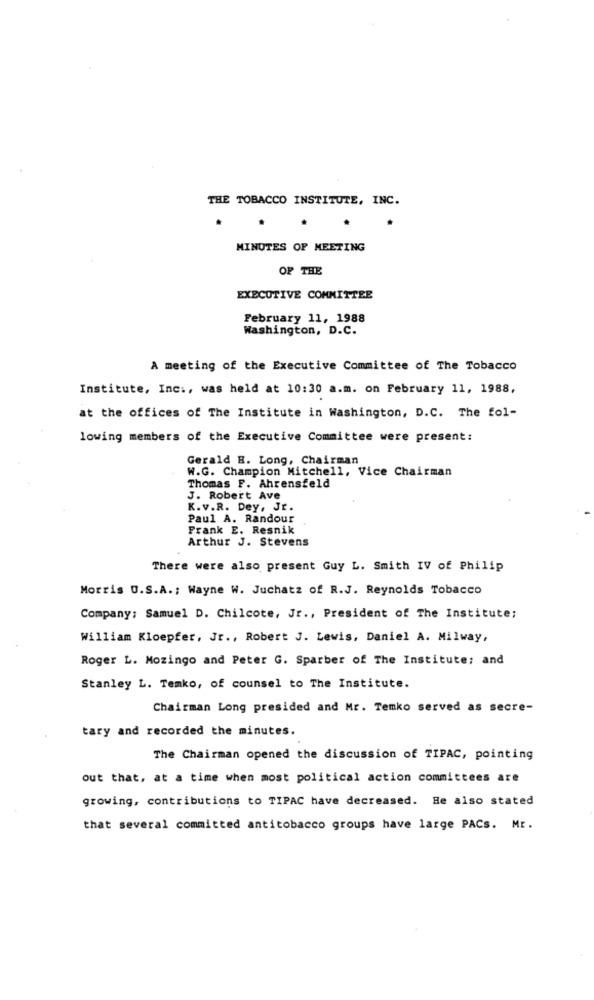
THE TOBACCO INSTITUTE, INC.
MINUTES OF MEETING
OF THE
EXECUTIVE COMMITTEE
February 11, 1988
Washington, D.C.
A meeting of the Executive Committee of The Tobacco
Institute, Inc ., was held at 10:30 a.m. on February 11, 1988,
at the offices of The Institute in Washington, D.C. The fol-
lowing members of the Executive Committee were present:
Gerald R. Long, Chairman
W.G. Champion Mitchell, Vice Chairman
Thomas F. Ahrensfeld
J. Robert Ave
K.v.R. Dey, Jr.
Paul A. Randour
Frank E. Resnik
Arthur J. Stevens
There were also present Guy L. Smith IV of Philip
Morris U.S.A .; Wayne W. Juchatz of R.J. Reynolds Tobacco
Company: Samuel D. Chilcote, Jr ., President of The Institute;
William Kloepfer, Jr ., Robert J. Lewis, Daniel A. Milway,
Roger L. Mozingo and Peter G. Sparber of The Institute: and
Stanley L. Temko, of counsel to The Institute.
Chairman Long presided and Mr. Temko served as secre-
tary and recorded the minutes.
The Chairman opened the discussion of TIPAC, pointing
out that, at a time when most political action committees are
growing, contributions to TIPAC have decreased. He also stated
that several committed antitobacco groups have large PACs. Mr.